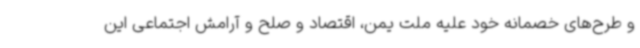
و طرح‌های خصمانه خود علیه ملت یمن، اقتصاد و صلح و آرامش اجتماعی این